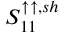
S _ { 1 1 } ^ { \uparrow \uparrow , s h }